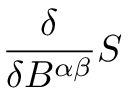
{ \frac { \delta } { \delta B ^ { \alpha \beta } } } S